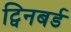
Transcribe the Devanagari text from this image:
ट्विनबर्ड